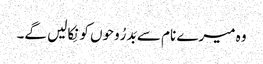
وہ میرے نام سے بَدرُوحوں کو نِکالیں گے۔